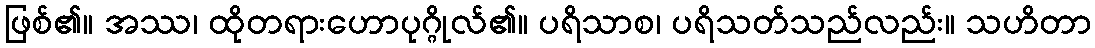
ဖြစ်၏။ အဿ၊ ထိုတရားဟောပုဂ္ဂိုလ်၏။ ပရိသာစ၊ ပရိသတ်သည်လည်း။ သဟိတာ